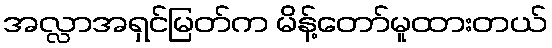
အလ္လာအရှင်မြတ်က မိန့်တော်မူထားတယ်